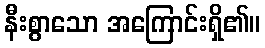
နီးစွာသော အကြောင်းရှိ၏။